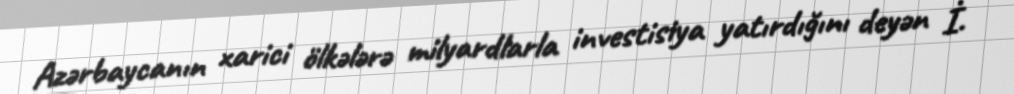
Azərbaycanın xarici ölkələrə milyardlarla investisiya yatırdığını deyən İ.